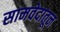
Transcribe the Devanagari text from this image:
सामवेदातून